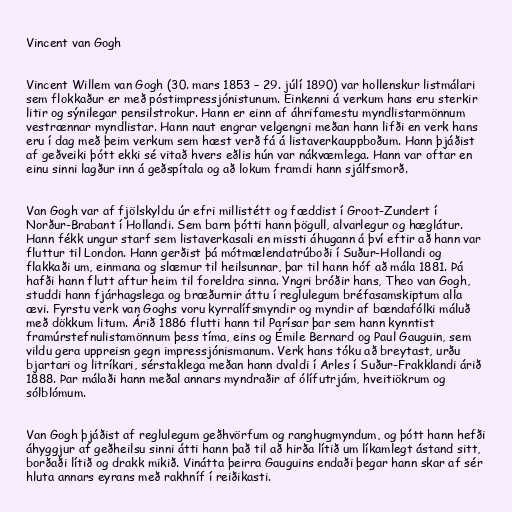
Vincent van Gogh

Vincent Willem van Gogh (30. mars 1853 – 29. júlí 1890) var hollenskur listmálari
sem flokkaður er með póstimpressjónistunum. Einkenni á verkum hans eru sterkir
litir og sýnilegar pensilstrokur. Hann er einn af áhrifamestu myndlistarmönnum
vestrænnar myndlistar. Hann naut engrar velgengni meðan hann lifði en verk hans
eru í dag með þeim verkum sem hæst verð fá á listaverkauppboðum. Hann þjáðist
af geðveiki þótt ekki sé vitað hvers eðlis hún var nákvæmlega. Hann var oftar en
einu sinni lagður inn á geðspítala og að lokum framdi hann sjálfsmorð.

Van Gogh var af fjölskyldu úr efri millistétt og fæddist í Groot-Zundert í
Norður-Brabant í Hollandi. Sem barn þótti hann þögull, alvarlegur og hæglátur.
Hann fékk ungur starf sem listaverkasali en missti áhugann á því eftir að hann var
fluttur til London. Hann gerðist þá mótmælendatrúboði í Suður-Hollandi og
flakkaði um, einmana og slæmur til heilsunnar, þar til hann hóf að mála 1881. Þá
hafði hann flutt aftur heim til foreldra sinna. Yngri bróðir hans, Theo van Gogh,
studdi hann fjárhagslega og bræðurnir áttu í reglulegum bréfasamskiptum alla
ævi. Fyrstu verk van Goghs voru kyrralífsmyndir og myndir af bændafólki máluð
með dökkum litum. Árið 1886 flutti hann til Parísar þar sem hann kynntist
framúrstefnulistamönnum þess tíma, eins og Émile Bernard og Paul Gauguin, sem
vildu gera uppreisn gegn impressjónismanum. Verk hans tóku að breytast, urðu
bjartari og litríkari, sérstaklega meðan hann dvaldi í Arles í Suður-Frakklandi árið
1888. Þar málaði hann meðal annars myndraðir af ólífutrjám, hveitiökrum og
sólblómum.

Van Gogh þjáðist af reglulegum geðhvörfum og ranghugmyndum, og þótt hann hefði
áhyggjur af geðheilsu sinni átti hann það til að hirða lítið um líkamlegt ástand sitt,
borðaði lítið og drakk mikið. Vinátta þeirra Gauguins endaði þegar hann skar af sér
hluta annars eyrans með rakhníf í reiðikasti.